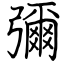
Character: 彌